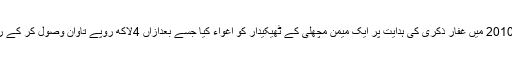
ملزم نے 2010 میں غفار ذکری کی ہدایت پر ایک میمن مچھلی کے ٹھیکیدار کو اغواء کیا جسے بعدازاں 4لاکھ روپے تاوان وصول کر کے رہا کیا گیا۔